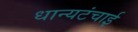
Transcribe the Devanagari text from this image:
धान्यटंचाई